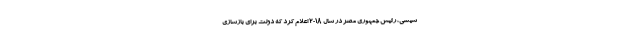
سیسی، رئيس جمهوری مصر در سال ۲۰۱۸ اعلام کرد که دولت برای بازسازی